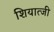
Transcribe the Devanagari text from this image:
शियात्जी